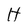
Character: H